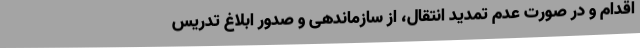
اقدام و در صورت عدم تمدید انتقال، از سازماندهی و صدور ابلاغ تدریس